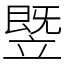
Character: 䇒